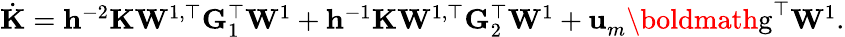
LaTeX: \begin{array}{r}{\dot{\mathbf{K}}=\mathbf{h}^{-2}\mathbf{K}\mathbf{W}^{1,\top}\mathbf{G}_{1}^{\top}\mathbf{W}^{1}+\mathbf{h}^{-1}\mathbf{K}\mathbf{W}^{1,\top}\mathbf{G}_{2}^{\top}\mathbf{W}^{1}+\mathbf{u}_{m}^{}\textrm{\boldmath{g}}^{\top}\mathbf{W}^{1}.}\end{array}